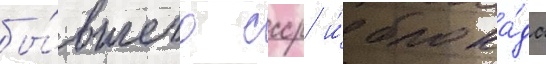
бы́вшего ссср и́ блока́да